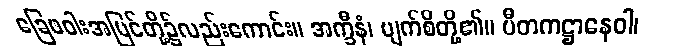
ခြေဖဝါးအပြင်တို့၌လည်းကောင်း။ အက္ခီနံ၊ မျက်စိတို့၏။ ပီတကဋ္ဌာနေဝါ၊